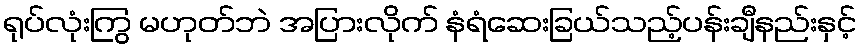
ရုပ်လုံးကြွ မဟုတ်ဘဲ အပြားလိုက် နံရံဆေးခြယ်သည့်ပန်းချီနည်းနှင့်